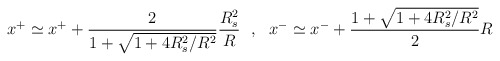
\begin{align*}x^+ \simeq x^+ + \frac{2}{1+ \sqrt{ 1 + 4 R_s^2 / R^2 }} \frac{R_s^2}{R} \ \ , \ \ x^- \simeq x^- + \frac{1+ \sqrt{ 1 + 4 R_s^2 / R^2 }}{2} R\end{align*}